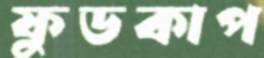
ফুডকাপ